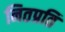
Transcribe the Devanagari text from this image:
नितप्रति